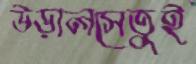
উড়ালসেতুই